Medical and sanitary report of the native army of Madras for the year
Year: 1872
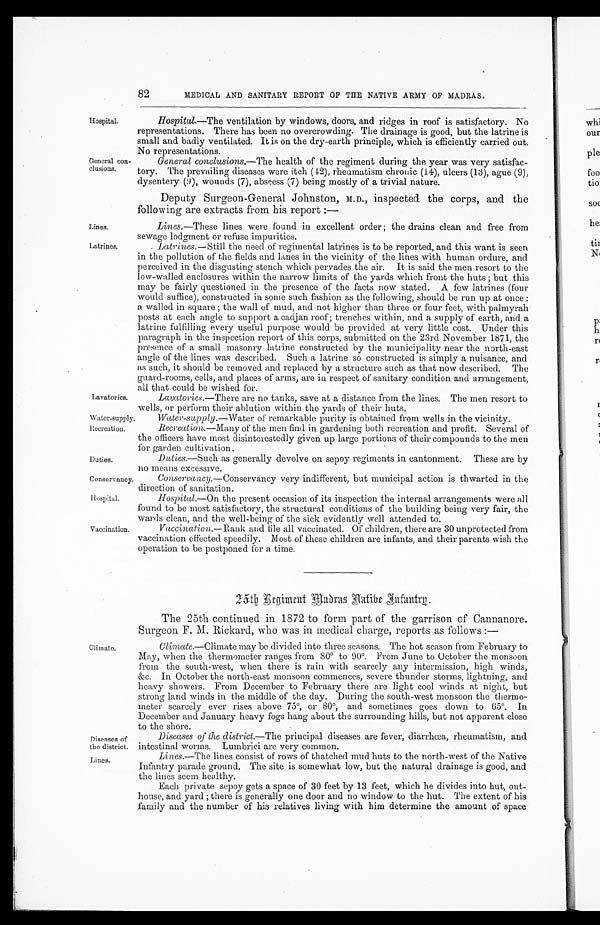
Lines.
Latrines.
Lavatories.
Water-supply
Recreation.
Duties.
Conservancy.
Hospital.
Vaccination.
Diseases of
the district.
Lines.
82
MEDICAL AND SANITARY REPORT OF THE NATIVE ARMY OF MADRAS.
Hospital.
General con
-
clusions.
Climate.
Hospital.—The ventilation by windows, doors, and ridges in roof is satisfactory. No
representations. There has been no overcrowding. The drainage is good, but the latrine is
small and badly ventilated. It is on the dry-earth principle, which is efficiently carried out.
No representations.
General conclusions.— The health of the regiment during the year was very satisfac
-
tory. The prevailing diseases were itch (42), rheumatism chronic (14), ulcers (13), ague (9),
dysentery (9), wounds (7), abscess (7) being mostly of a trivial nature.
Deputy Surgeon-General Johnston, M.D., inspected the corps, and the
following are extracts from his report :—
Lines .—These lines were found in excellent order; the drains clean and free from
sewage lodgment or refuse imnurities.
Latrines.— Still the need of regimental latrines is to be reported, and this want is seen
in the pollution of the fields and lanes in the vicinity of the lines with human ordure, and
perceived in the disgusting stench which pervades the air. It is said the men resort to the
low-walled enclosures within the narrow limits of the yards which front the huts; but this
may be fairly questioned in the presence of the facts now stated. A few latrines (four
would suffice), constructed in some such fashion as the following, should be run up at once:
a walled in square; the wall of mud, and not higher than three or four feet, with palmyrah
posts at each angle to support a cadjan roof; trenches within, and a supply of earth, and a
latrine fulfilling every useful purpose would be provided at very little cost. Under this
paragraph in the inspection report of this corps, submitted on the 23rd November 1871, the
presence of a small masonry latrine constructed by the municipality near the north-east
angle of the lines was described. Such a latrine so constructed is simply a nuisance, and
as such, it should be removed and replaced by a structure such as that now described. The
guard-rooms, cells, and places of arms, are in respect of sanitary condition and arrangement,
all that could be wished for.
Lavatories.— There are no tanks, save at a distance from the lines. The men resort to
wells, or nerform their ablution within the yards of their huts.
Water-supply. —Water of remarkable purity is obtained from wells in the vicinity.
Recreation.—Many
of the men find in gardening both recreation and profit. Several of
the officers have most disinterestedly given up large portions of their compounds to the men
for garden cultivation.
Duties.— Such as generally devolve on sepoy regiments in cantonment. T hese are by
no means excessive.
Conservancy .—Conservancy very indifferent, but municipal action is thwarted in the
direction of sanitation.
Hospital.— On the present occasion of its inspection the internal arrangements were all
found to be most satisfactory, the structural conditions of the building being very fair, the
wards clean, and the well-being of the sick evidently well attended to.
Vaccination.—Rank
and tile all vaccinated. Of children, there are 30 unprotected from
vaccination effected speedily. Most of these children are infants, and their parents wish the
operation to be postponed for a time.
25th Regiment Madras Native Infantry.
The 25th continued in 1872 to form part of the garrison of Cannanore.
Surgeon F. M. Rickard. who was in medical charge, reports as follows:—
Climate.—Climate may be divided into three seasons. The hot season from February to
May, when the thermometer ranges from 80° to 90°. From June to October the monsoon
from the south-west, when there is rain with scarcely any intermission, high winds,
&c. In October the north-east monsoon commences, severe thunder storms, lightning, and
heavy showers. From December to February there are light cool winds at night, but
strong land winds in the middle of the day. During the south-west monsoon the thermo
-
meter scarcely ever rises above 75°, or 80°, and sometimes goes down to 65°. In
December and January heavy fogs hang about the surrounding hills, but not apparent close
to the shore.
Diseases of the district.—The principal diseases are fever, diarrhœa, rheumatism, and
intestinal worms. Lumbrici are very common.
Lines.—The lines consist of rows of thatched mud huts to the north-west of the Native
Infantry parade ground. The site is somewhat low, but the natural drainage is good, and
the lines seem healthy.
Each private sepoy gets a space of 30 feet by 13 feet, which he divides into hut, out
-
house, and yard; there is generally one door and no window to the hut. The extent of his
family and the number of his relatives living with him determine the amount of space